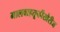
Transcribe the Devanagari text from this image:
मालवाहतूकीखेरीज